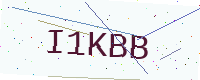
Text: I1KBB